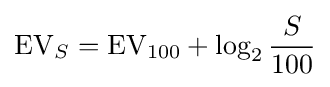
\mathrm {EV} _{S}=\mathrm {EV} _{100}+\log _{2}{\frac {S}{100}}